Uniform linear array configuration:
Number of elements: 48
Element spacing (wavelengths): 0.5
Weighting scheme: hamming
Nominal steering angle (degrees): -15
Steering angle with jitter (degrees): -13.857
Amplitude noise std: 0.05
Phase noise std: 0.05

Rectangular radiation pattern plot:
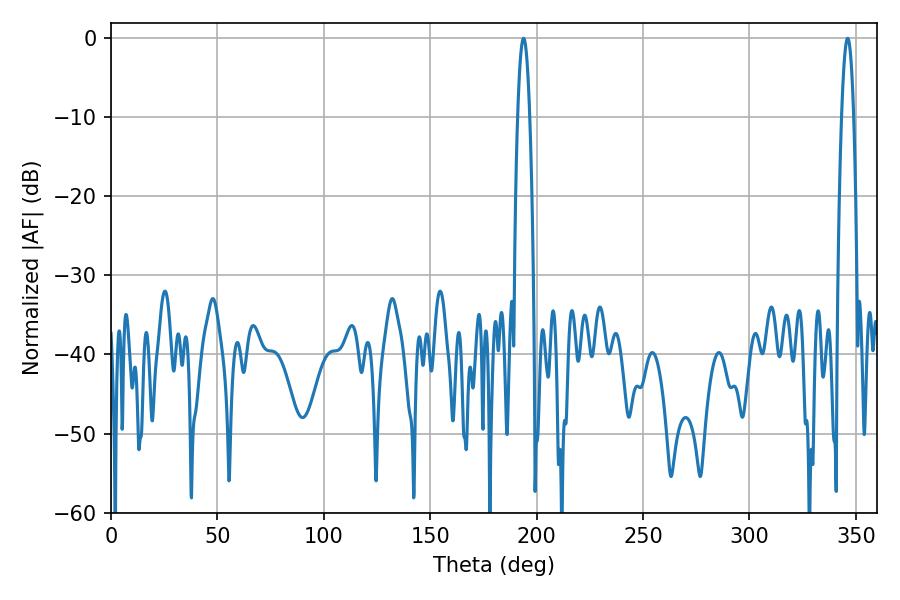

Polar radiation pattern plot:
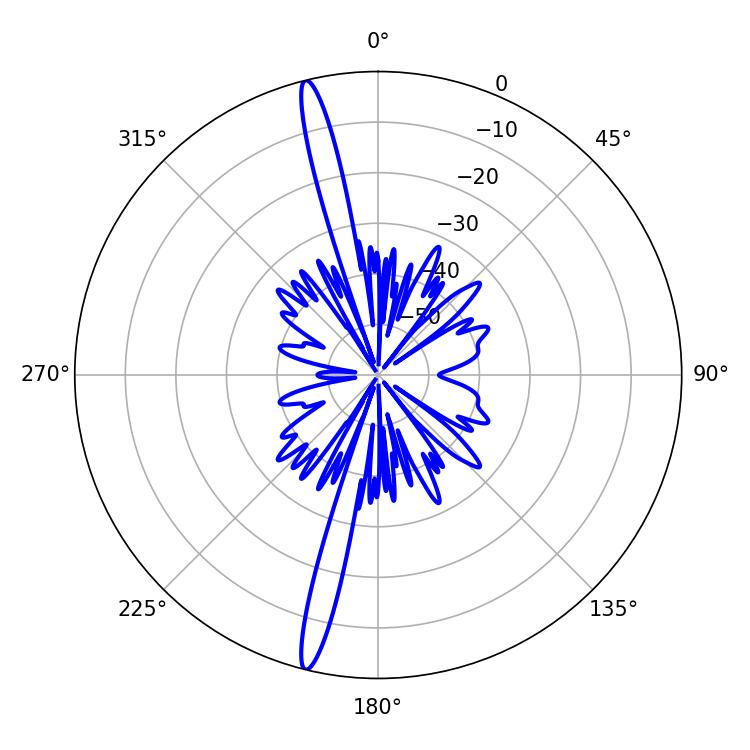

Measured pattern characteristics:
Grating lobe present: FALSE
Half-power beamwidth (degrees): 3.06
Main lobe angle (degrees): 193.86